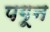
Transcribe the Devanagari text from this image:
पगून